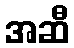
အဆီ